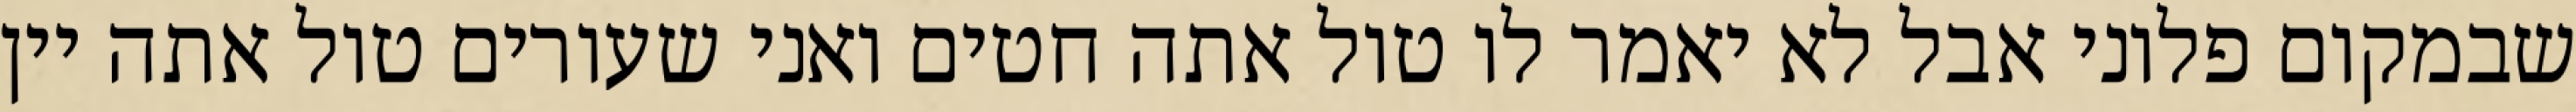
שבמקום פלוני אבל לא יאמר לו טול אתה חטים ואני שעורים טול אתה יין